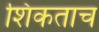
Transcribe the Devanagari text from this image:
शिकताच